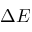
\Delta E